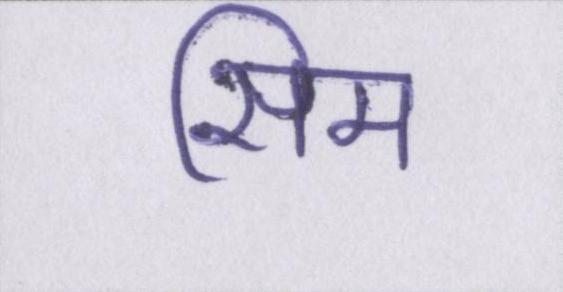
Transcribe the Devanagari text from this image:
सिम